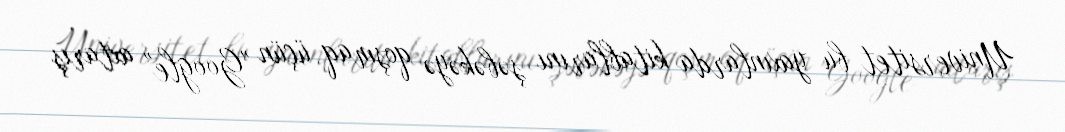
Universitet bu yaxınlarda kitablarını şəbəkəyə qoşmaq üçün "Google" axtarış